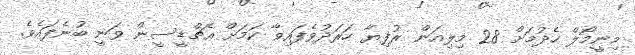
މިނީމޯލް ހެދުމަށް 28 މިލިއަން ރުފިޔާ ހަރަދުވެފައިވާ ކަމަށް އެޗްޑީސީން ވަނީ ބުނެފައެވެ.